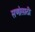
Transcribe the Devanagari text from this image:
सणांसाठी